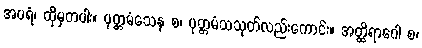
အပရံ၊ ထိုမှတပါး။ ပုတ္တမံသေန စ၊ ပုတ္တမံသသုတ်လည်းကောင်း။ အတ္ထိရာဂေါ စ၊